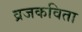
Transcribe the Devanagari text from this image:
व्रजकविता